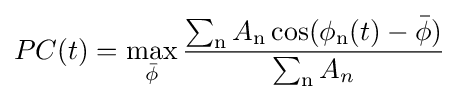
PC(t)=\max _{\bar {\phi }}{\frac {\sum _{\rm {n}}A_{\rm {n}}\cos(\phi _{\rm {n}}(t)-{\bar {\phi }})}{\sum _{\rm {n}}A_{n}}}